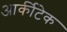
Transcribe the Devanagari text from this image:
आर्कीटेक